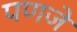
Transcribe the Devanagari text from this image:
पणजे